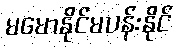
မမောနိုင်မပန်းနိုင်